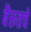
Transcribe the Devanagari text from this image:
बैरूतचे